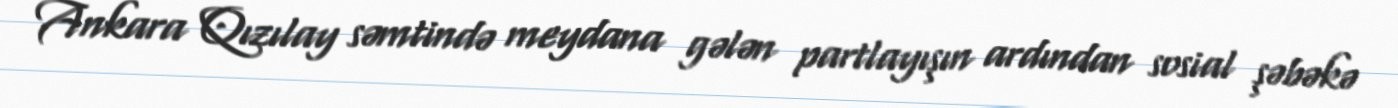
Ankara Qızılay səmtində meydana gələn partlayışın ardından sosial şəbəkə